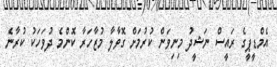
އެމްޑީޕީގެ ރައީސް ނަޝީދު މިނިވަން ކުރުމަށް ގޮވާލާ މުޒާހަރާ ކޮންމެ ދުވަހަކު ކުރާނެ